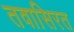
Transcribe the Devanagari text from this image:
तवासिरत